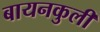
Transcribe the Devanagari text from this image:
बायनकुली